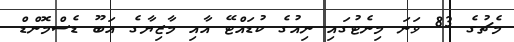
މެޗުގެ 83 ވަނަ މިނެޓުގައި ނިއުގެ ކުޑައްޓޭ އާއި މާޒިޔާގެ އަބޫ ޑެސްމޮންޑް